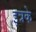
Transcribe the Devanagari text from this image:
इत्रके